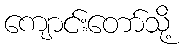
ကျောင်းတော်သို့